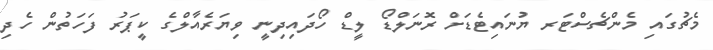
މެޗުގައި މެންޗެސްޓަރ ޔުނައިޓެޑަށް ރޮނަލްޑޯ ލީޑް ހޯދައިދިނީ ވިޔަރެއާލްގެ ކީޕަރު ފަހަތުން ހެދި